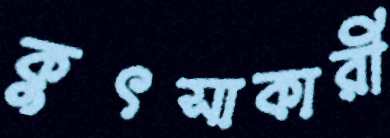
কুৎসাকারী